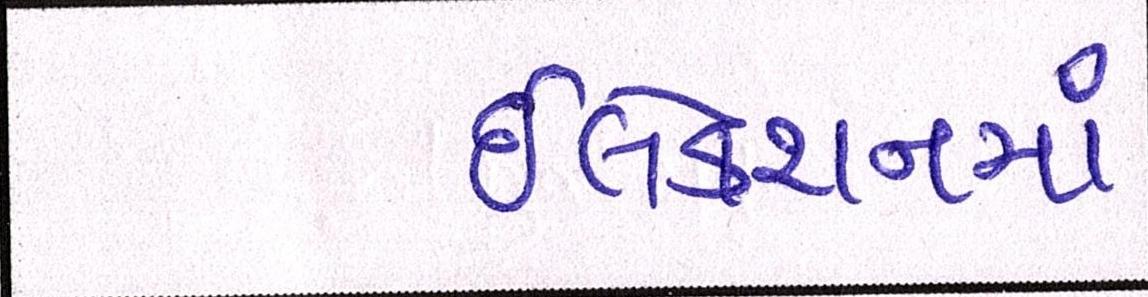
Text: ઇલેક્શનમાં